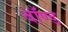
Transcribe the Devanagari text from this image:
बाँण्ड